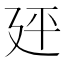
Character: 𪪭